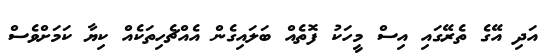
އަދި އޭގެ ތެރޭގައި އިސް މީހަކު ފޮތެއް ބަލައިގެން އެއްޗެހިތަކެއް ކިޔާ ކަމަށްވެސް